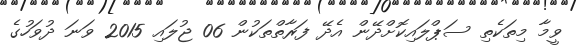
ވީމާ މިތަކެތި ސަޕްލައިކޮށްދޭން އެދޭ ފަރާތްތަކުން 06 ޖުލައި 2015 ވަނަ ދުވަހުގެ